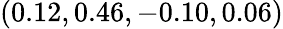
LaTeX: (0.12,0.46,-0.10,0.06)